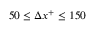
5 0 \le \Delta x ^ { + } \leq 1 5 0